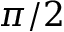
\pi / 2